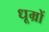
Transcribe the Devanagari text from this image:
धूम्रों